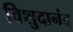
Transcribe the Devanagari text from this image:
विशुदानंद